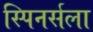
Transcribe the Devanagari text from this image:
स्पिनर्सला